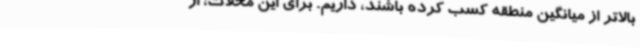
بالاتر از میانگین منطقه کسب کرده باشند، داریم. برای این محلات، از